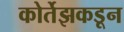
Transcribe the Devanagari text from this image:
कोर्तेझकडून